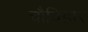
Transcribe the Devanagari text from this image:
चौविहार